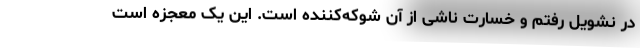
در نشویل رفتم و خسارت ناشی از آن شوکه‌کننده است. این یک معجزه است